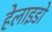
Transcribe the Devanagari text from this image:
हेलाइडों